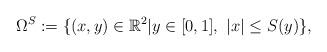
LaTeX: \begin{align*}\Omega^S := \{(x,y)\in\mathbb{R}^2 | y\in [0,1],\ |x| \leq S(y)\},\end{align*}